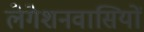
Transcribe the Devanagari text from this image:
लेगेशनवासियों